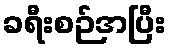
ခရီးစဉ်အပြီး